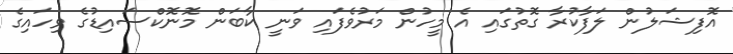
އޮފިޝަލުން ލަފާކުރާ ގޮތުގައި އެ މީހުން މަރުވެފައި ވަނީ ކާބަން މޮނޮކްސައިޑުގެ ވިހައިގެ